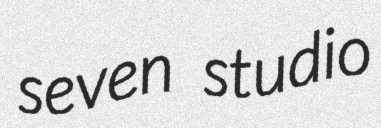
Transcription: seven studio